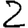
Digit: 2